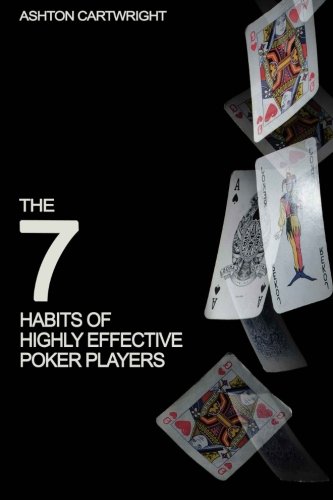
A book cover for The 7 Habits of Highly Effective Poker Players; Ashton Cartwright; Humor & Entertainment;